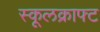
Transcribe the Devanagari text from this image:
स्कूलक्राफ्ट